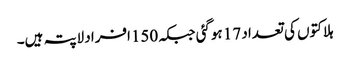
ہلاکتوں کی تعداد 17 ہوگئی جبکہ150افراد لاپتہ ہیں۔